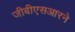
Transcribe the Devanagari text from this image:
जीबीएसआरने